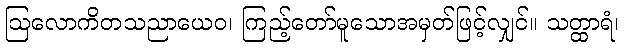
ဩလောကိတသညာယေဝ၊ ကြည့်တော်မူသောအမှတ်ဖြင့်လျှင်။ သတ္ထာရံ၊